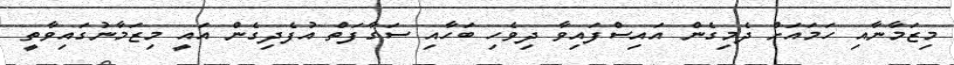
މިޒަމާނާއި ހަމައަށް ދެމިގެން އައިސްފައިވާ ދިވެހި ބަހާއި ސަގާފަތް އުފެދިގެން އައީ މިޒަމާނުގައިވާތީ